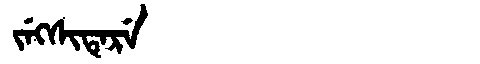
Manchu: ᠵᡝᡴᠰᡳᡨᡝᡵᡝ
Romanization: JEKSITERE